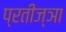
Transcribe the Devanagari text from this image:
प्रतीज्ञा